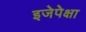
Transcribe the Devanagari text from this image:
इजेपेक्षा